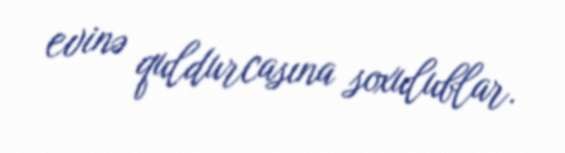
evinə quldurcasına soxulublar.